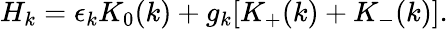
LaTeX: H_{k}=\epsilon_{k}K_{0}(k)+g_{k}[K_{+}(k)+K_{-}(k)].